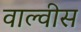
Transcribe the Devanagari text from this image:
वाल्वीस